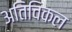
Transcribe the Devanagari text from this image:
अतिविकल